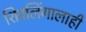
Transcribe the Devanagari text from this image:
शिवलिंगालाही